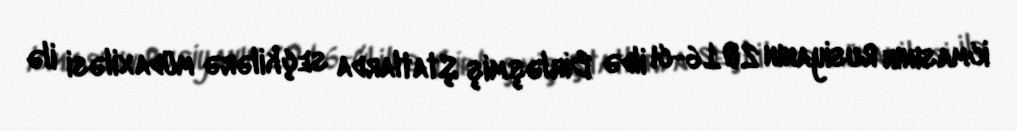
icmasının Rusiyanın 2016-cı ildə Birləşmiş Ştatlarda seçkilərə müdaxiləsi ilə